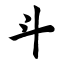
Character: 斗